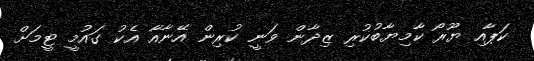
ކަޕާއި ޔޫރޯ ކާމިޔާބުކުރި ޒިދާން ވަނީ ކުރިން އޭނާއާ އެކު ގައުމީ ޓީމަށް